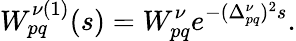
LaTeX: W_{pq}^{\nu(1)}(s)=W_{pq}^{\nu}e^{-(\Delta_{pq}^{\nu})^{2}s}.